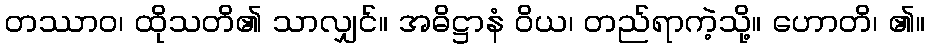
တဿာဝ၊ ထိုသတိ၏ သာလျှင်။ အဓိဋ္ဌာနံ ဝိယ၊ တည်ရာကဲ့သို့။ ဟောတိ၊ ၏။